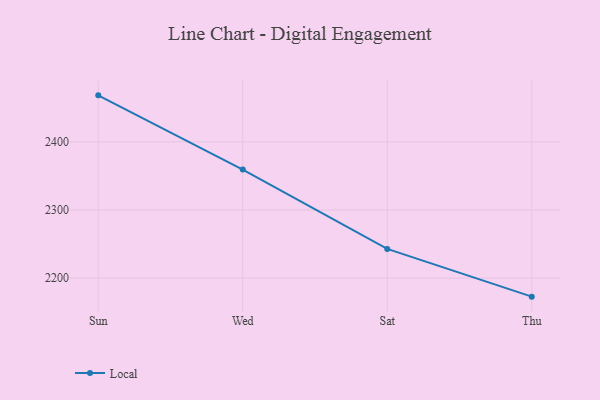
{"axis": {"x": "Day", "y": "Latency (ms)"}, "legend": ["Local"], "data": [{"x": "Sun", "y": 2468.3, "type": "Local"}, {"x": "Wed", "y": 2359.4, "type": "Local"}, {"x": "Sat", "y": 2243.0, "type": "Local"}, {"x": "Thu", "y": 2172.9, "type": "Local"}]}